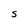
Character: S